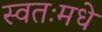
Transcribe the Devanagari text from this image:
स्वतःमधे